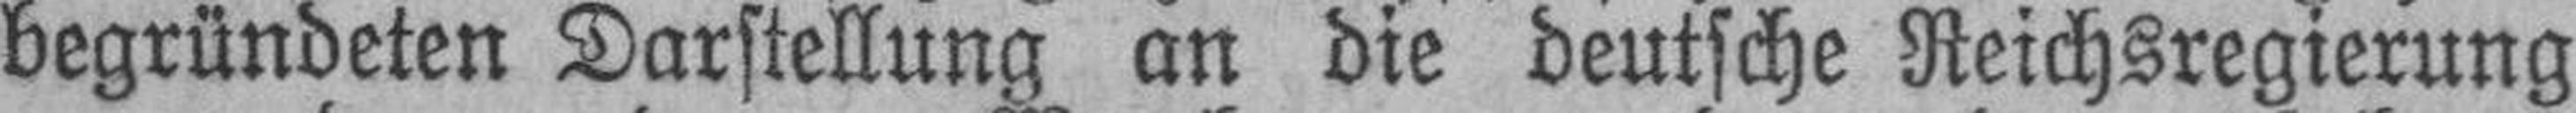
begründeten Darstellung an die deutsche Reichsregierung